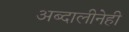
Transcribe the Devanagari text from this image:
अब्दालीनेही